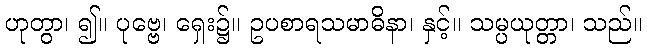
ဟုတွာ၊ ၍။ ပုဗ္ဗေ၊ ရှေး၌။ ဥပစာရသမာဓိနာ၊ နှင့်။ သမ္ပယုတ္တာ၊ သည်။